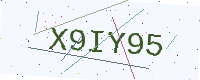
Text: X9IY95